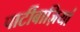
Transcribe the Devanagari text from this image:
पार्टीबाज़ियां